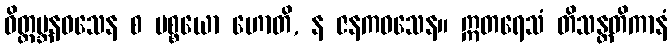
ဝိတ္ထမ္ဘနဝသေန စ ပစ္စယော ဟောတိ, န ဇနကဝသေန။ ဣတရေသံ တိသန္တတိကာနံ